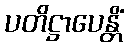
ပတိဋ္ဌာပေန္တိံ